Civil Veterinary Department. Madras. Admin. report 1926-33 - 1926-1933
Year: 1926
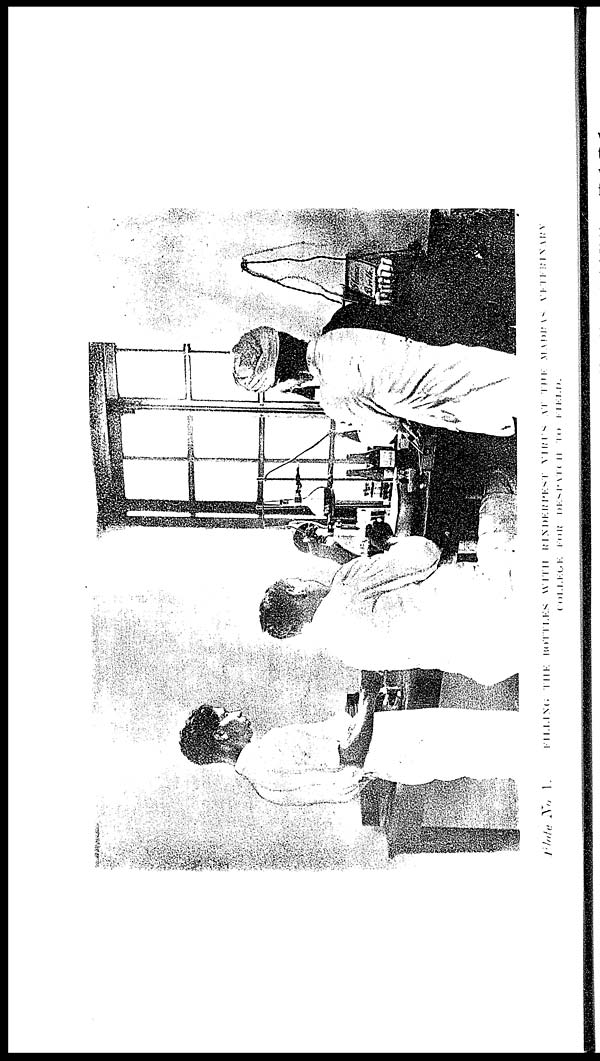
Plate No. 1 FILLING THE BOTTLES WITH RINDERPEST VIRES AT THE
MADE
AS
VETERINARY
COLLEGE FOR DESPATCH TO FIELD.